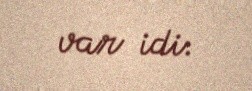
var idi.